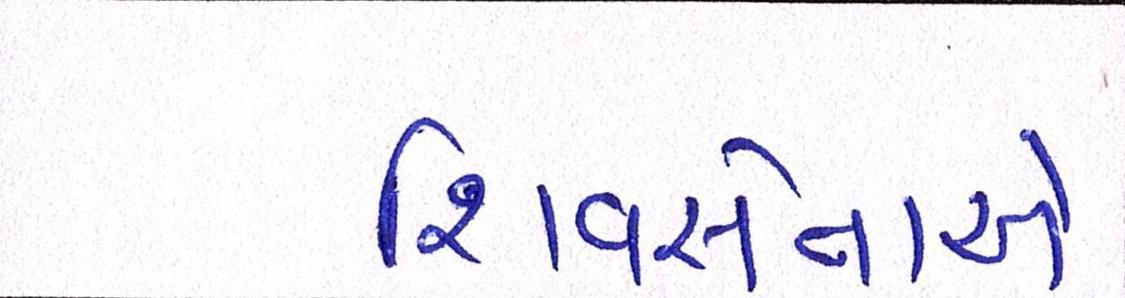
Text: શિવસેનાએ